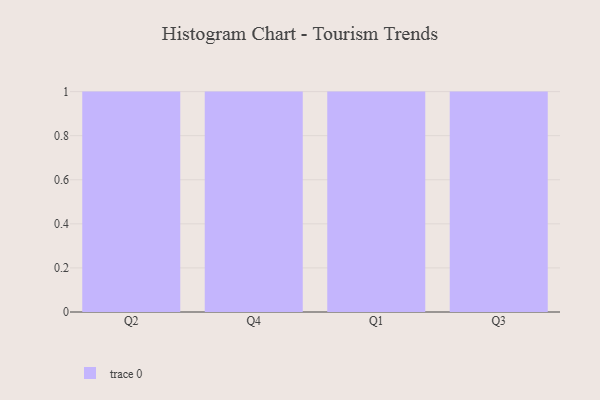
{"axis": {"x": "Quarter", "y": "Headcount"}, "legend": [""], "data": [{"x": "Q2", "y": 12, "type": ""}, {"x": "Q4", "y": 27, "type": ""}, {"x": "Q1", "y": 25, "type": ""}, {"x": "Q3", "y": 63, "type": ""}]}